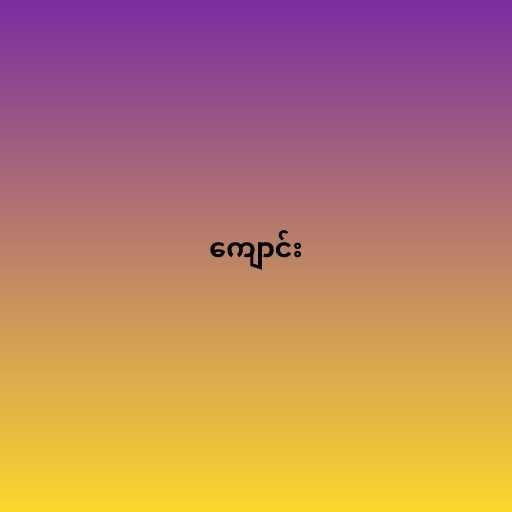
ကျောင်း